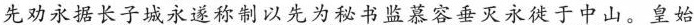
先劝永据长子城永遂称制以先为秘书监慕容垂灭永徙于中山。皇始